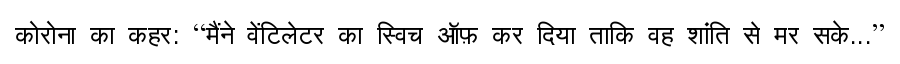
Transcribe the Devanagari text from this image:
कोरोना का कहर: “मैंने वेंटिलेटर का स्विच ऑफ़ कर दिया ताकि वह शांति से मर सके...”